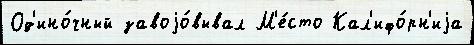
Од'ино́чный завоjо́вывал М'е́сто Кал'ифо́рн'иjа